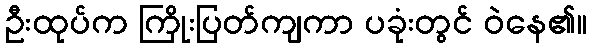
ဦးထုပ်က ကြိုးပြတ်ကျကာ ပခုံးတွင် ဝဲနေ၏။